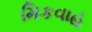
મિકવાહ